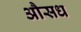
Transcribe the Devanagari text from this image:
औसध